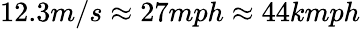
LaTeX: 12.3m/s\approx 27mph\approx 44kmph